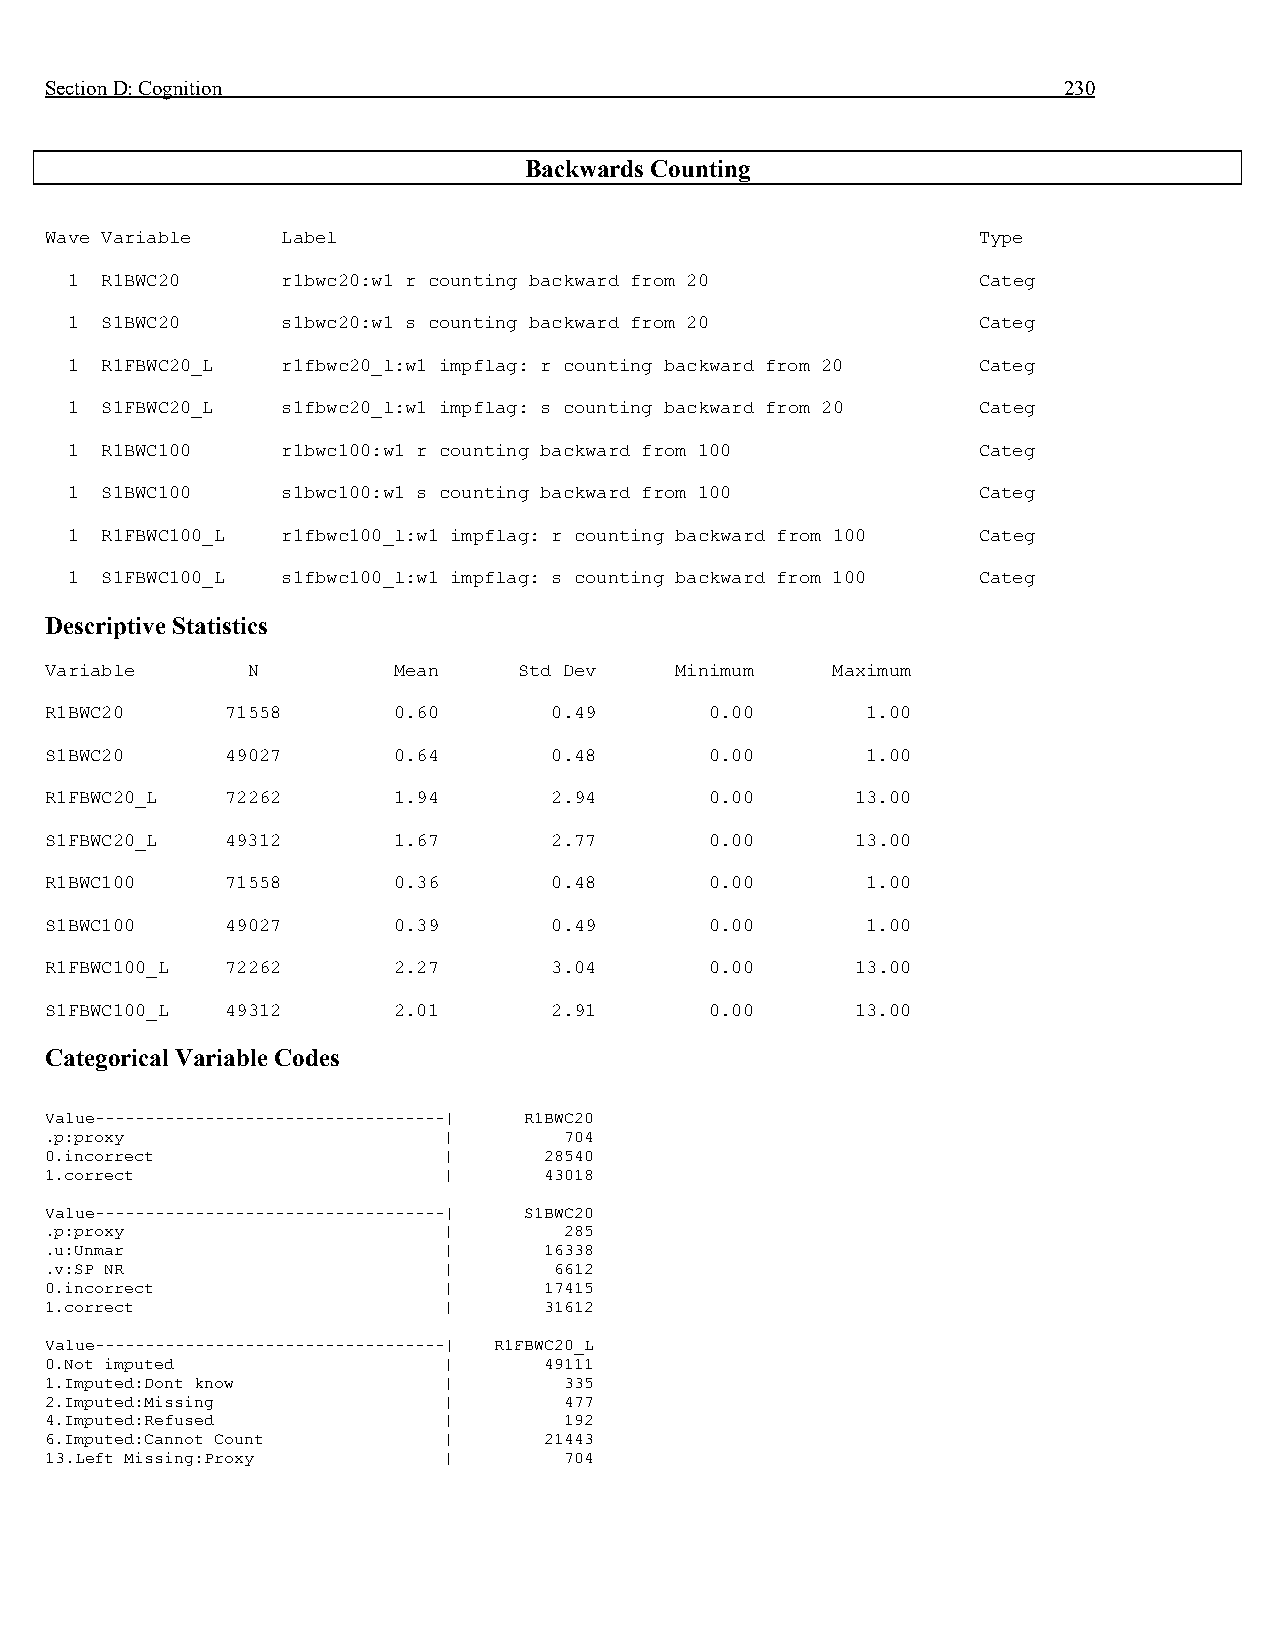
Section D: Cognition                                               230
 Backwards Counting
 Wave Variable   Label                                         Type
 1  R1BWC20     r1bwc20:w1 r counting backward from 20        Categ
 1  S1BWC20     s1bwc20:w1 s counting backward from 20        Categ
 1  R1FBWC20_L  r1fbwc20_l:w1 impflag: r counting backward from 20 Categ
 1  S1FBWC20_L  s1fbwc20_l:w1 impflag: s counting backward from 20 Categ
 1  R1BWC100    r1bwc100:w1 r counting backward from 100      Categ
 1  S1BWC100    s1bwc100:w1 s counting backward from 100      Categ
 1  R1FBWC100_L r1fbwc100_l:w1 impflag: r counting backward from 100 Categ
 1  S1FBWC100_L s1fbwc100_l:w1 impflag: s counting backward from 100 Categ
 Descriptive Statistics
 Variable     N         Mean    Std Dev    Minimum   Maximum
 R1BWC20     71558      0.60      0.49       0.00      1.00
 S1BWC20     49027      0.64      0.48       0.00      1.00
 R1FBWC20_L  72262      1.94      2.94       0.00      13.00
 S1FBWC20_L  49312      1.67      2.77       0.00      13.00
 R1BWC100    71558      0.36      0.48       0.00      1.00
 S1BWC100    49027      0.39      0.49       0.00      1.00
 R1FBWC100_L 72262      2.27      3.04       0.00      13.00
 S1FBWC100_L 49312      2.01      2.91       0.00      13.00
 Categorical Variable Codes
 Value-----------------------------------| R1BWC20
 .p:proxy                  |       704
 0.incorrect               |      28540
 1.correct                 |      43018
 Value-----------------------------------| S1BWC20
 .p:proxy                  |       285
 .u:Unmar                  |      16338
 .v:SP NR                  |       6612
 0.incorrect               |      17415
 1.correct                 |      31612
 Value-----------------------------------| R1FBWC20_L
 0.Not imputed             |      49111
 1.Imputed:Dont know       |       335
 2.Imputed:Missing         |       477
 4.Imputed:Refused         |       192
 6.Imputed:Cannot Count    |      21443
 13.Left Missing:Proxy     |       704